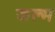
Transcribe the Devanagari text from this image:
जल्म